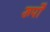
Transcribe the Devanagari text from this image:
रूर्पों